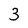
Character: 3